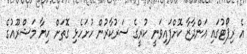
އެ ރިޕޯޓުގައި އަންދާޒާ ކޮށްފައިވަނީ ކުރީގެ ސަރުކާރުން ހުށަހެޅި ގޮތަށް ހިޔާ މަޝްރޫއުގެ